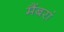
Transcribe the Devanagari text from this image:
मैंबरां